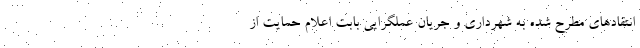
انتقادهای مطرح شده به شهرداری و جریان عملگرایی بابت اعلام حمایت از